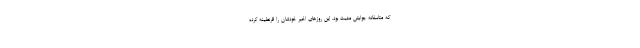
که متاسفانه جوابش مثبت بود. این روزهای اخیر خودشان را قرنطینه کرده